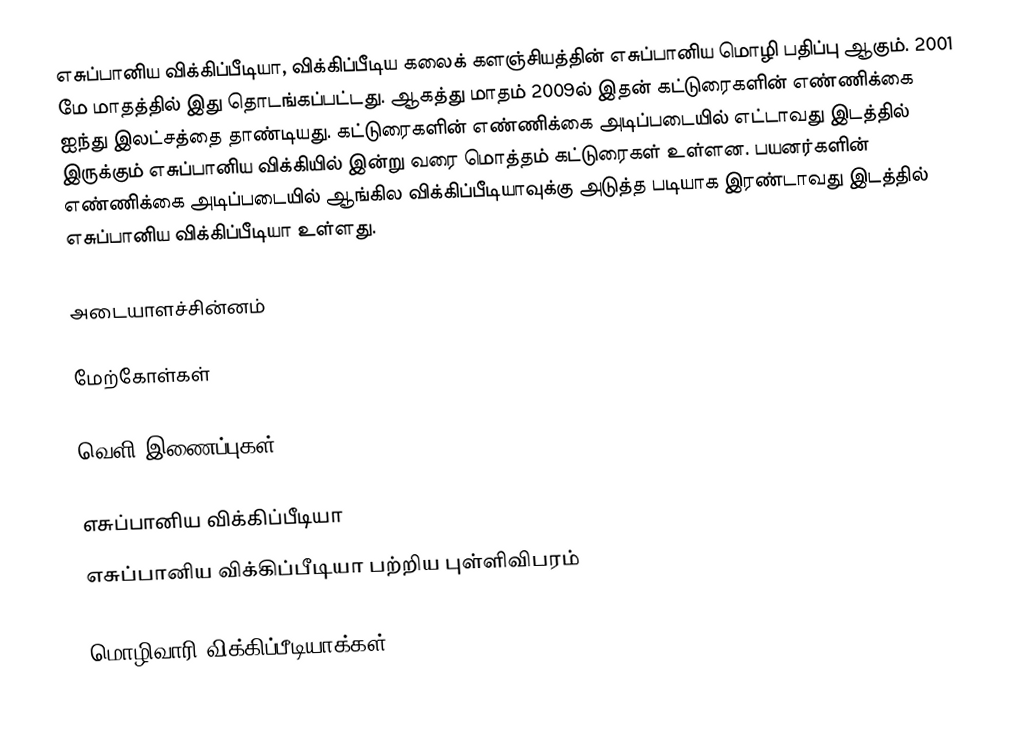
எசுப்பானிய விக்கிப்பீடியா, விக்கிப்பீடிய கலைக் களஞ்சியத்தின் எசுப்பானிய மொழி பதிப்பு ஆகும். 2001 மே மாதத்தில் இது தொடங்கப்பட்டது. ஆகத்து மாதம் 2009ல் இதன் கட்டுரைகளின் எண்ணிக்கை ஐந்து இலட்சத்தை தாண்டியது. கட்டுரைகளின் எண்ணிக்கை அடிப்படையில் எட்டாவது இடத்தில் இருக்கும் எசுப்பானிய விக்கியில் இன்று வரை மொத்தம் கட்டுரைகள் உள்ளன. பயனர்களின் எண்ணிக்கை அடிப்படையில் ஆங்கில விக்கிப்பீடியாவுக்கு அடுத்த படியாக இரண்டாவது இடத்தில் எசுப்பானிய விக்கிப்பீடியா உள்ளது.

அடையாளச்சின்னம்

மேற்கோள்கள்

வெளி இணைப்புகள்

 எசுப்பானிய விக்கிப்பீடியா
 எசுப்பானிய விக்கிப்பீடியா பற்றிய புள்ளிவிபரம்

மொழிவாரி விக்கிப்பீடியாக்கள்